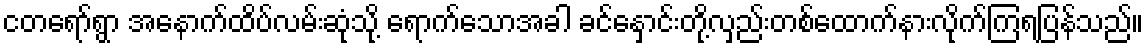
ငတရော်ရွာ အနောက်ထိပ်လမ်းဆုံသို့ ရောက်သောအခါ ခင်နှောင်းတို့လှည်းတစ်ထောက်နားလိုက်ကြရပြန်သည်။